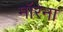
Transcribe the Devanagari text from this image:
मॉरेना